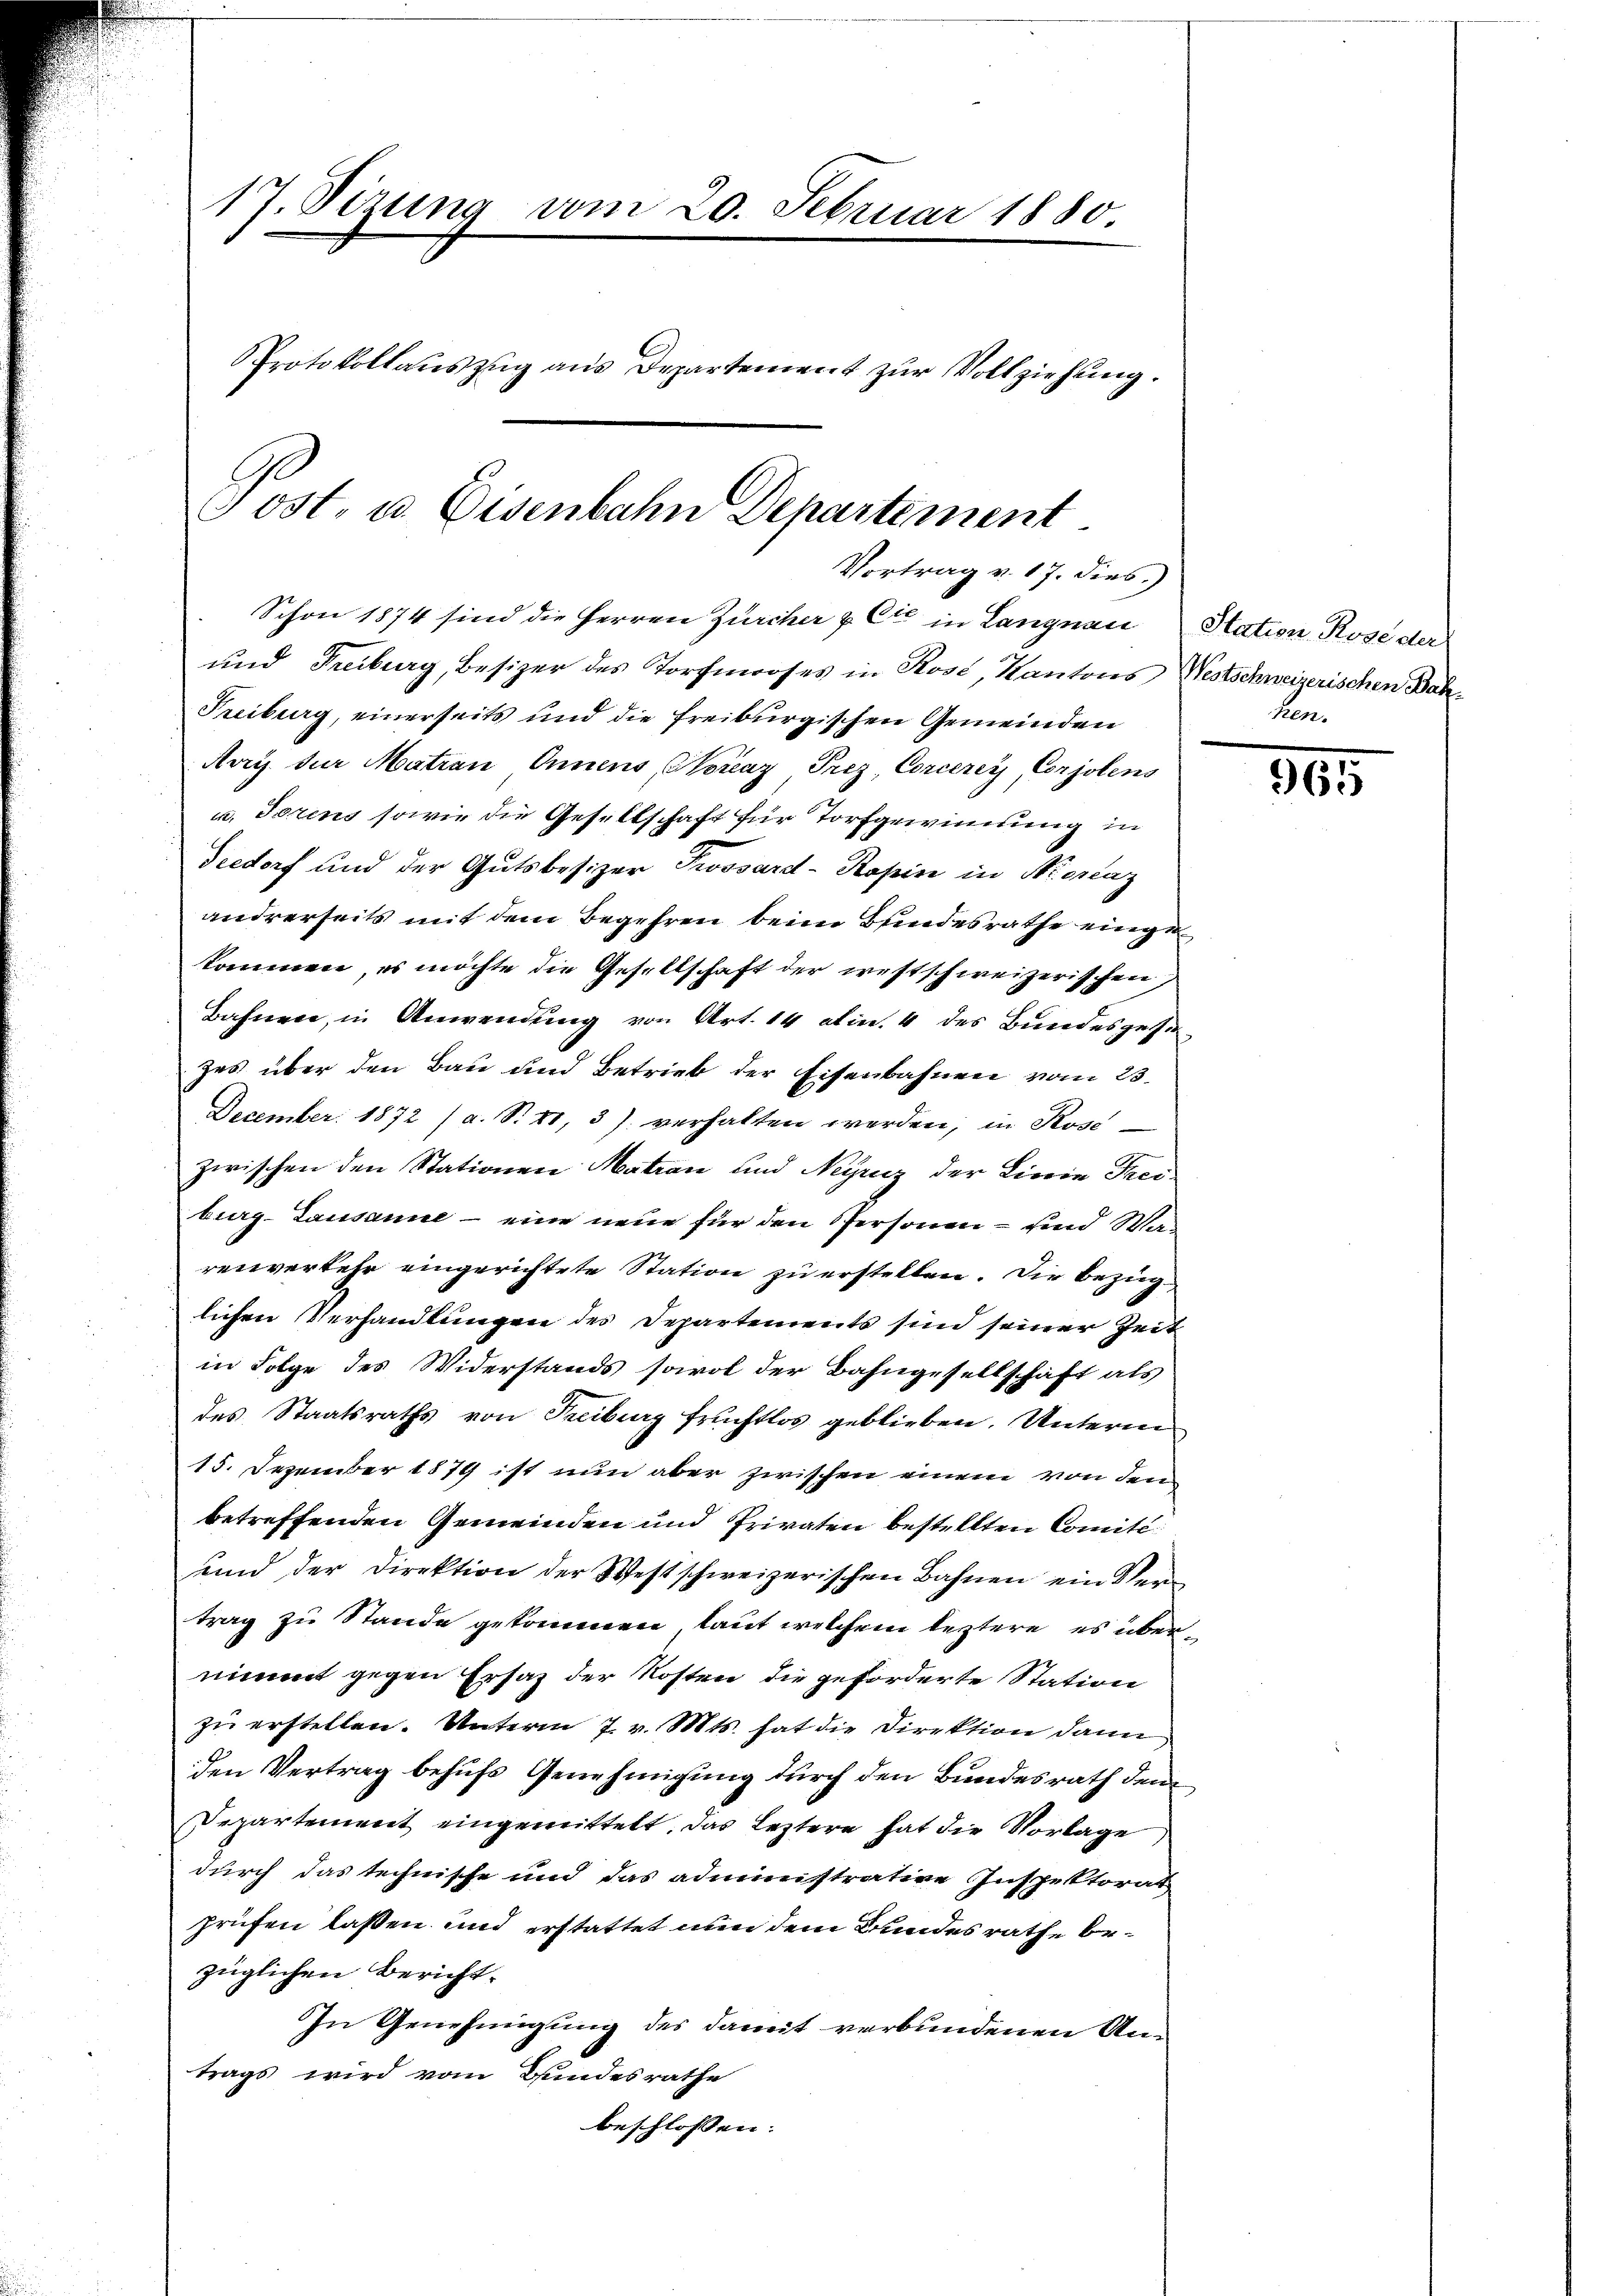
17. Sizung vom 20. Februar 1880.
Protokollauszug aus Departement zur Vollziehung.

Tost, u. Eisenbahn Departement
Vortrag v. 17. dies

Schon 1874 sind die Herren Zürcher & Cie in Langnau Station Rose der
und Freiburg, Besizer des Torfmooses in Rose, Kantons Westschweizerischen Bah¬
Freiburg, einerseits und die freiburgischen Gemeinden
Auy der Matian Innens (Storenz Prez, Corcerey, Corjolens
u. Torens sowie die Gesellschaft für Torfgewinnung in
Deedorf und der Gutsbesizer Trossard-Kopin in Neraz
andrerseits mit dem Begehren beim Bundesrathe eingekommen, es möchte die Gesellschaft der westschweizerischen,
Bahnen, in Anwendung von Art. 14 ein. 4 des Bundesgesezes über den Bau und Betrieb der Eisenbahnen vom 23.
December 1872 (a. S. 41, 3) verhalten werden, in Rose
zwischen den Stationen Matron und Neyruz der Linie Trei
burg-Lausanne – eine neue für den Personen – und Warenverkehr eingerichtete Station zu erstellen. Die Bezuglichen Verhandlungen des Departements sind seiner Zeit
in Folge des Widerstands sowol der Bahngesellschaft als
des Staatsraths von Freiburg fruchtlos geblieben. Unterm
15. Dezember 1879 ist nun aber zwischen einem von dem
betreffenden Gemeinden und Privaten bestellten Comité
und der Direktion der Westschweizerischen Bahnen ein Vertrag zu Stande gekommen, laut welchem leztere es übernimmt gegen Ersatz der Kosten die geforderte Station
zu erstellen. Unterm 7. v. Mts. hat die Direktion dann
den Vertrag behufs Genehmigung durch den Bundesrath den
Departement eingemittelt. Das Leztere hat die Vorlage
durch das technische und das administrative Inspektorat
prüfen lassen und erstattet nun dem Bundesrathe bezüglichen Bericht.
In Genehmigung des damit verbundenen Antrags wird vom Bundesrathe
beschlossen:

en.

365